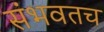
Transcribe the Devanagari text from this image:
संभवतच